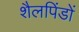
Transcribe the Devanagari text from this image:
शैलपिंडों